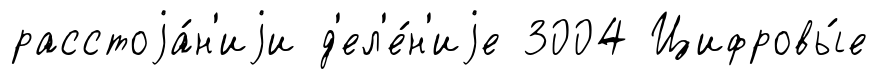
расстоjа́н'иjи д'ел'е́н'иjе 3004 Цифровы́е